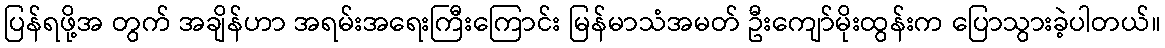
ပြန်ရဖို့အ တွက် အချိန်ဟာ အရမ်းအရေးကြီးကြောင်း မြန်မာသံအမတ် ဦးကျော်မိုးထွန်းက ပြောသွားခဲ့ပါတယ်။